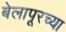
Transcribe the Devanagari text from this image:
बेलापूरच्या